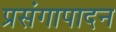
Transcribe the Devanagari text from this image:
प्रसंगापादन